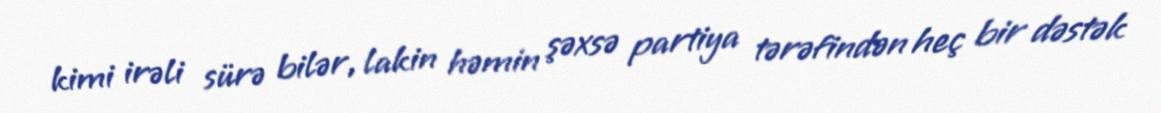
kimi irəli sürə bilər, lakin həmin şəxsə partiya tərəfindən heç bir dəstək